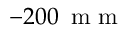
- 2 0 0 \, \textrm { m m }